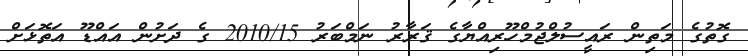
ގޮތުގެ މަތިން ރައީސުލްޖުމްހޫރިއްޔާގެ ޤަރާރު ނަމްބަރު 2010/15 ގެ ދަށުން އައްޑޫ އަތޮޅަށް